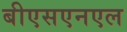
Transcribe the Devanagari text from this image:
बीएसएनएल